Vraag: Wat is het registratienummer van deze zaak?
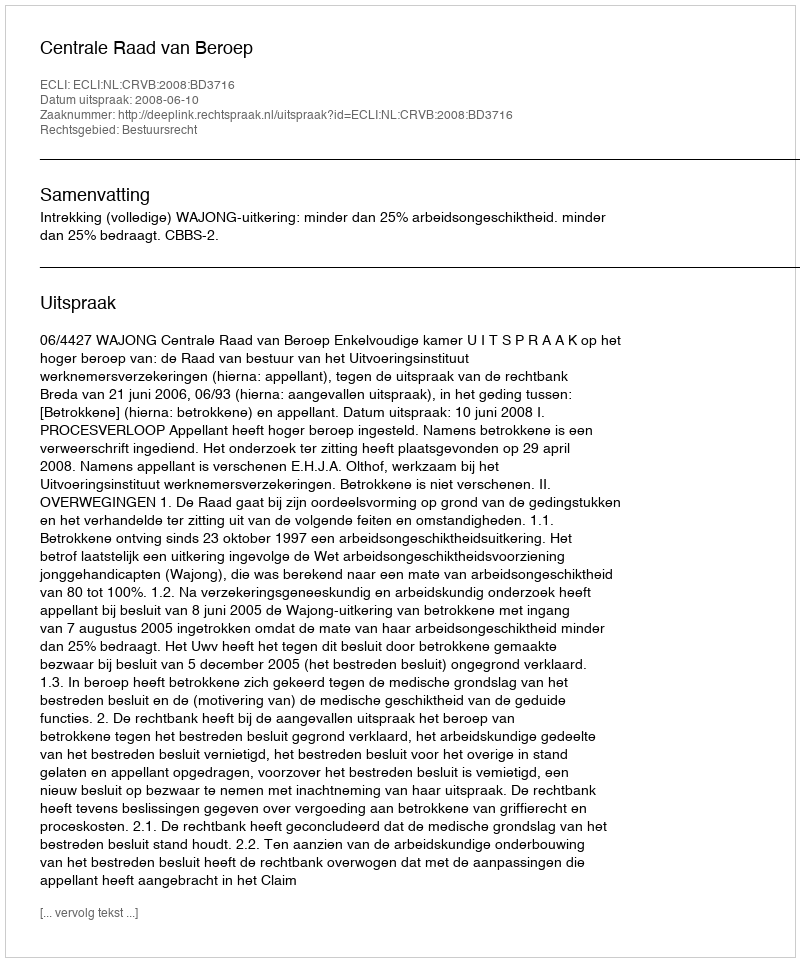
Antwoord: http://deeplink.rechtspraak.nl/uitspraak?id=ECLI:NL:CRVB:2008:BD3716